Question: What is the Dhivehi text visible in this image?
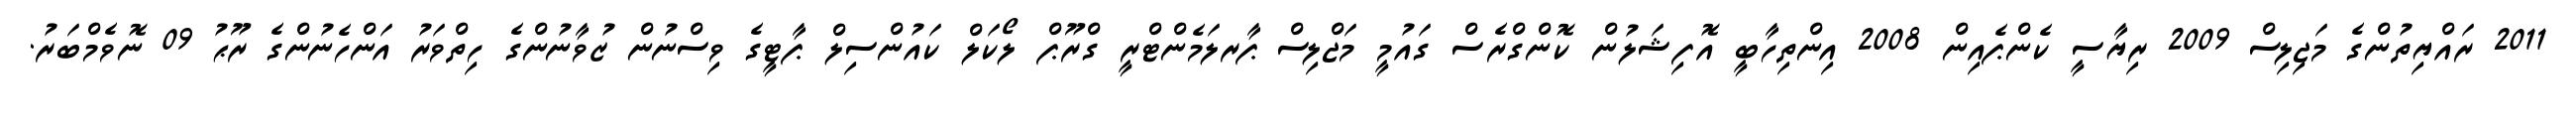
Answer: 2011 ރައްޔިތުންގެ މަޖިލިސް 2009 ރިޔާސީ ކެންޕެއިން 2008 އިންތިހާބީ އޮފިޝަލުން ކޮންގްރެސް ގައުމީ މަޖްލިސް ޕާރލަމެންޓްރީ ގްރޫޕް ލޯކަލް ކައުންސިލް ޕާޓީގެ ވިސްނުން ޒުވާނުންގެ ހިތްވަރު އަންހެނުންގެ ރޫޙު 09 ނޮވެމްބަރު.